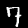
Digit: 7